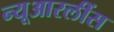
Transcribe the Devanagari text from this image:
न्यूआरलींस